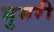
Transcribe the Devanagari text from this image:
भुमरी